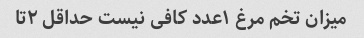
میزان تخم مرغ ۱عدد کافی نیست حداقل ۲تا